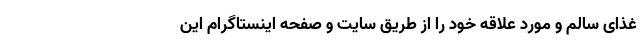
غذای سالم و مورد علاقه خود را از طریق سایت و صفحه اینستاگرام این